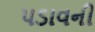
પડાવની